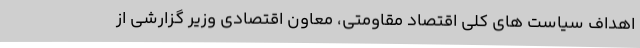
اهداف سیاست های کلی اقتصاد مقاومتی، معاون اقتصادی وزیر گزارشی از